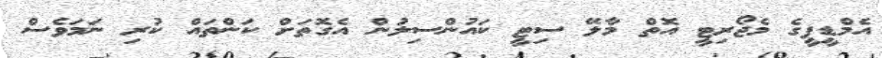
އެމްޑީޕީގެ މެޖޯރިޓީ އޮތް މާލޭ ސިޓީ ކައުންސިލުން އެގޮތަށް ކަންތައް ކުރި ނަމަވެސް